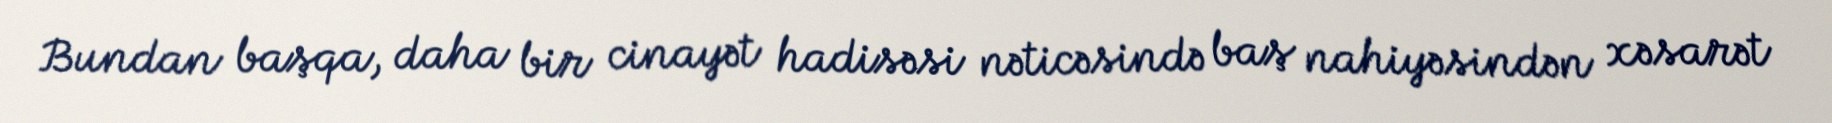
Bundan başqa, daha bir cinayət hadisəsi nəticəsində baş nahiyəsindən xəsarət